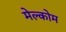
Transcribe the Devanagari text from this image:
मेल्कोम